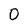
Character: 0